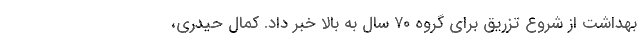
بهداشت از شروع تزریق برای گروه ۷۰ سال به بالا خبر داد. کمال حیدری،